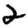
Digit: 2